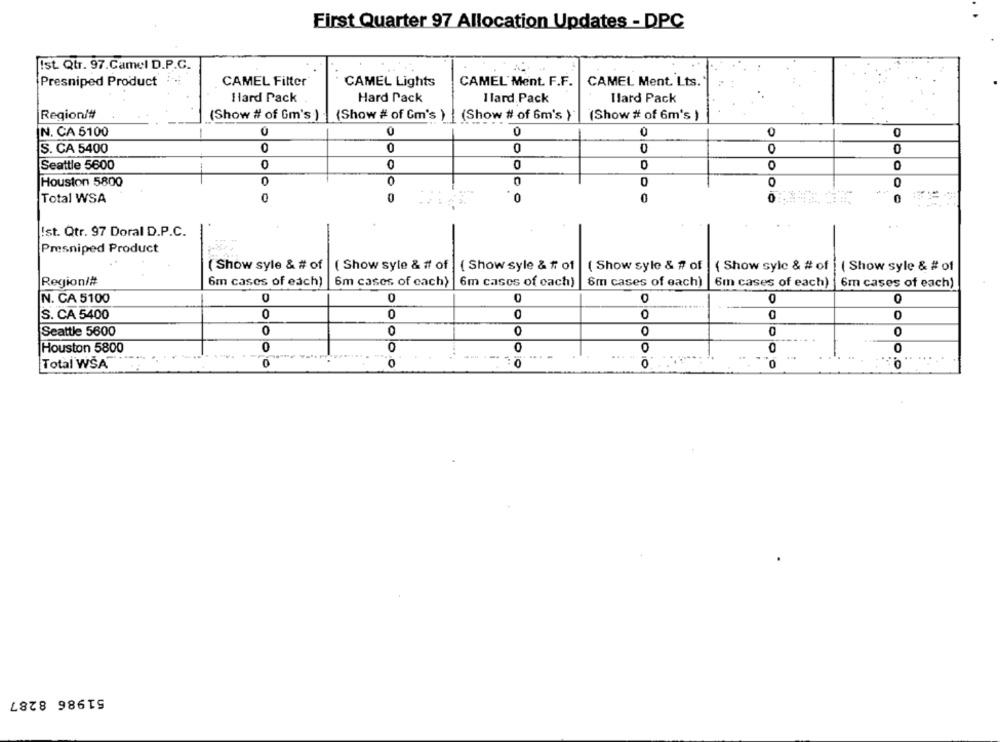
First Quarter 97 Allocation Updates - DPC
Ist. Qtr. 97.Camel D.P.C.
Presniped Product
CAMEL Filter
CAMEL Lights
CAMEL Ment. F.F.
CAMEL Ment. Lts.
Hard Pack
Hard Pack
I lard Pack
Ilard Pack
Region/#
(Show # of Gm's ) (Show # of Gm's )
(Show # of 6m's }
(Show # of 6m's )
N. CA 5100
0
0
0
S. CA 5400
0
0
0
0
O
O
0
Seattle 5600
0
Houston 5800
0
0
O
0
....
Total WSA
0
0
0
0
0
Ist. Qtr. 97 Doral D.P.C.
-
Presniped Product
( Show syle & # of
( Show syle & # of ]
{ Show syle & # of
( Show syle & # of
{ Show sylc & # of
( Show syle & # of
Region/#
6m cases of each)
6m cases of cach)
6m cases of each)
6m cases of each)
6m cases of each) |6m cases of each)
N. CA 5100
0
0
0
0
0
S. CA 5400
0
0
0
0
0
Seattle 5600
0
0
O
0
0
Houston 5800
0
0
0
0
0
0
0
0
Total WŠA
51986 8287